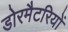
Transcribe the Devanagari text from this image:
डोरमैटरियों